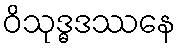
ဝိသုဒ္ဓဒဿနေ